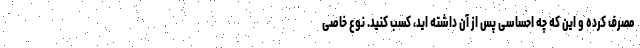
مصرف کرده و این که چه احساسی پس از آن داشته اید، کسب کنید. نوع خاصی